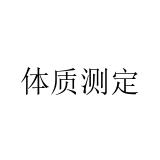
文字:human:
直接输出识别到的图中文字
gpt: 体质测定